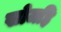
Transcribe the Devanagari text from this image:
खोजहि